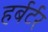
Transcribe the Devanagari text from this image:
हर्बर्टर